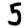
Digit: 5